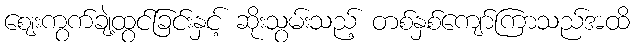
ဈေးကွက်ချဲ့ထွင်ခြင်းနှင့် ဆိုးသွမ်းသည့် တစ်နှစ်ကျော်ကြာသည်အထိ